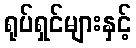
ရုပ်ရှင်များနှင့်